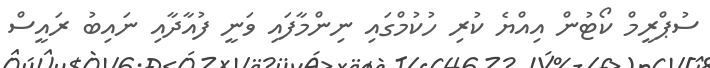
ސުޕްރީމް ކޯޓުން އިއްޔެ ކުރި ހުކުމްގައި ނިންމާފައި ވަނީ ފުއާދާއި ނައިބު ރައީސް